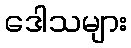
ဒေါသများ